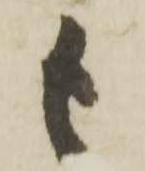
も